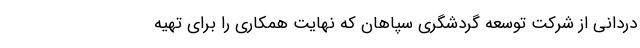
دردانی از شرکت توسعه گردشگری سپاهان که نهایت همکاری را برای تهیه